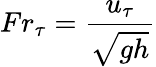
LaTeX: \displaystyle Fr_{\tau}=\frac{u_{\tau}}{\sqrt{gh}}